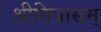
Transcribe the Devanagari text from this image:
श्रीनिवासम्‌